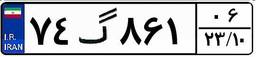
۴۹گ۲۱۳۰۱